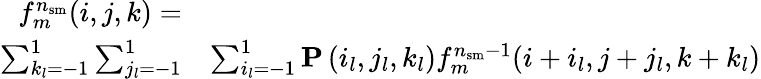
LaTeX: \begin{array}{rl}{f_{m}^{n_{\mathrm{sm}}}(i,j,k)=}&{}\\ {\sum_{k_{l}=-1}^{1}\sum_{j_{l}=-1}^{1}}&{\sum_{i_{l}=-1}^{1}\mathbf{P}\left(i_{l},j_{l},k_{l}\right)f_{m}^{n_{\mathrm{sm}}-1}(i+i_{l},j+j_{l},k+k_{l})}\end{array}